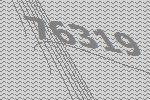
76319